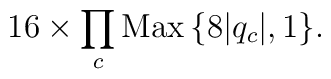
16\times \prod_c {\rm Max}\,\{8|q_c|,1\}.